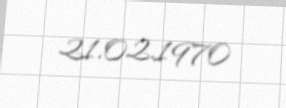
21.02.1970